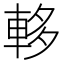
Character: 䡔